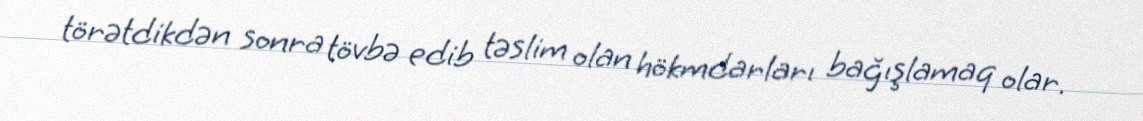
törətdikdən sonra tövbə edib təslim olan hökmdarları bağışlamaq olar.